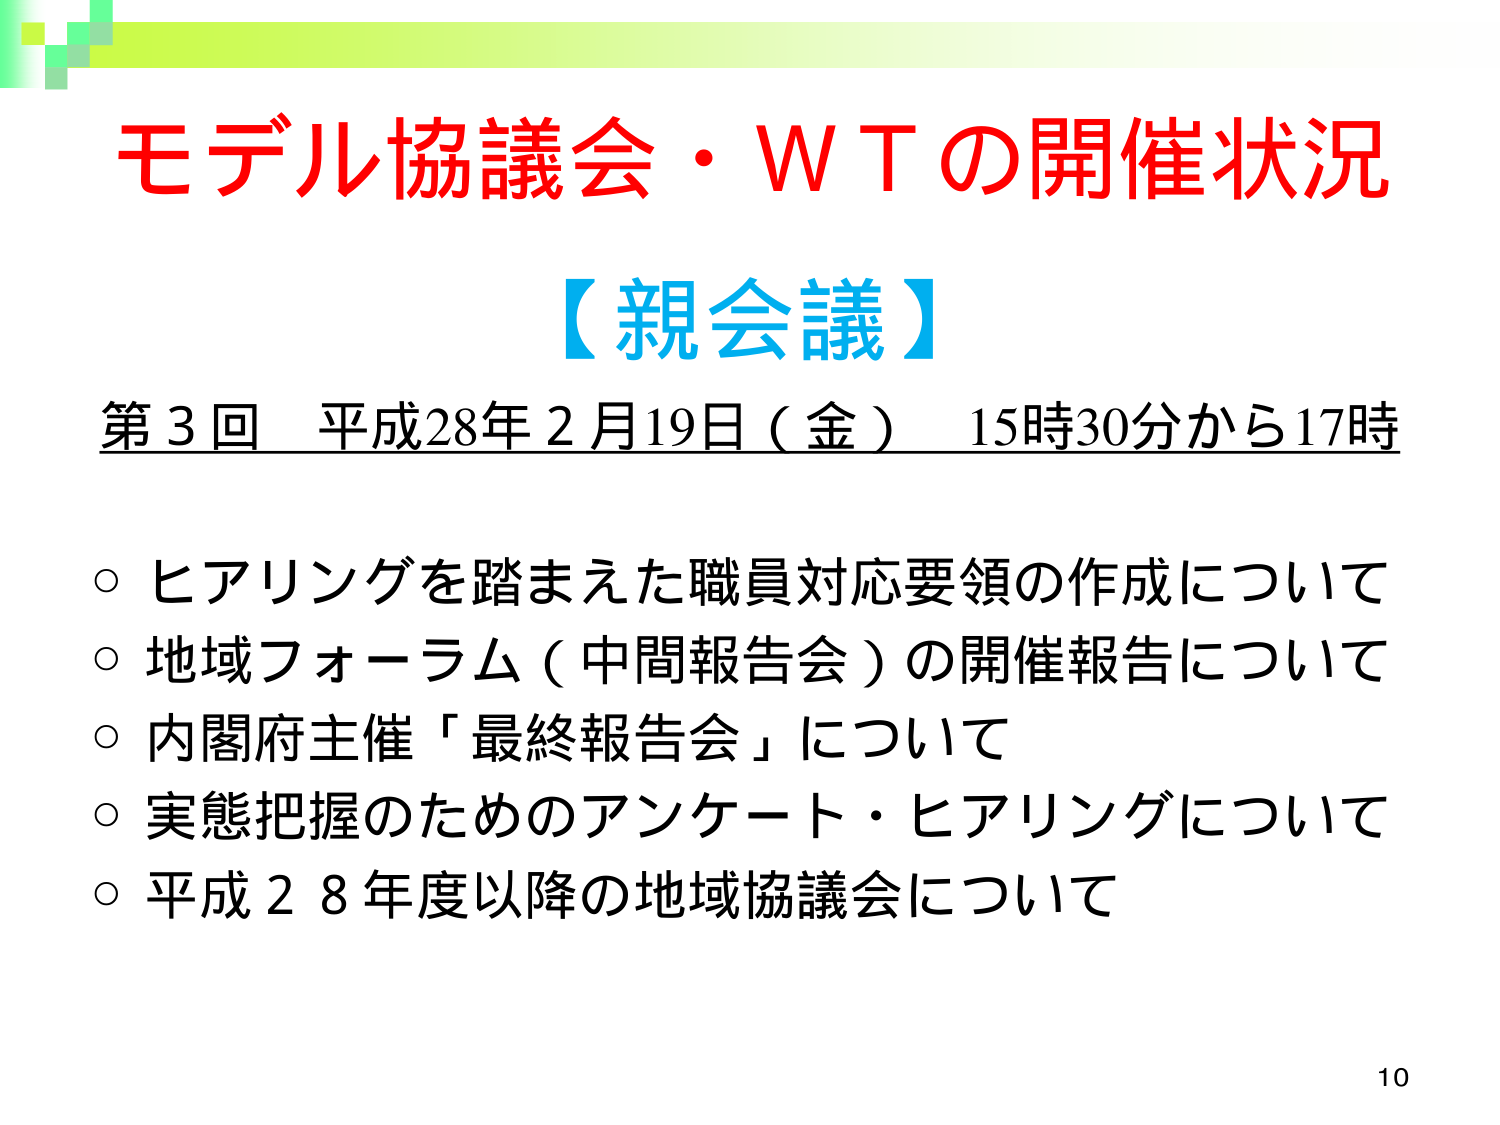
モデル協議会・ＷＴの開催状況
【親会議】
第3回 平成28年2月19日（金） 15時30分から17時
○ ヒアリングを踏まえた職員対応要領の作成について
○ 地域フォーラム（中間報告会）の開催報告について
○ 内閣府主催「最終報告会」について
○ 実態把握のためのアンケート・ヒアリングについて
○ 平成28年度以降の地域協議会について
10